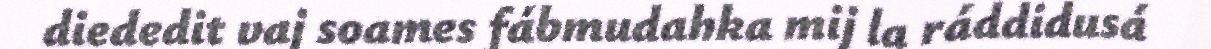
diededit vaj soames fábmudahka mij la ráddidusá